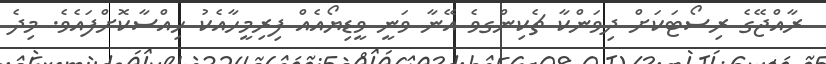
ރާއްޖޭގެ ރިސޯޓަކަށް ދިވަންކާ ޗެކިންގވެ އޭނާ ވަނީ ވީޑިޔޯއެއް ފިރިމީހާއެކު ހިއްސާކޮށްފައެވެ. މިދެ